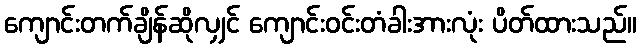
ကျောင်းတက်ချိန်ဆိုလျှင် ကျောင်းဝင်းတံခါးအားလုံး ပိတ်ထားသည်။